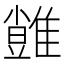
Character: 𩀙